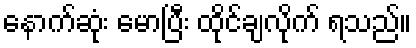
နောက်ဆုံး မောပြီး ထိုင်ချလိုက် ရသည်။